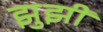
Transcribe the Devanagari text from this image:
झुझी